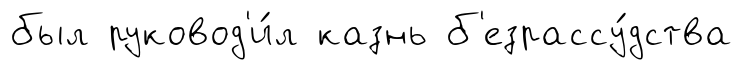
был руковод'и́л казнь б'езрассу́дства